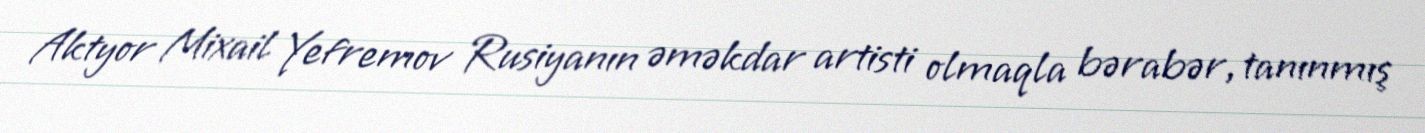
Aktyor Mixail Yefremov Rusiyanın əməkdar artisti olmaqla bərabər, tanınmış